Civil Veterinary Dept. Bombay admin report 1923-31 - 1923-1931
Year: 1923
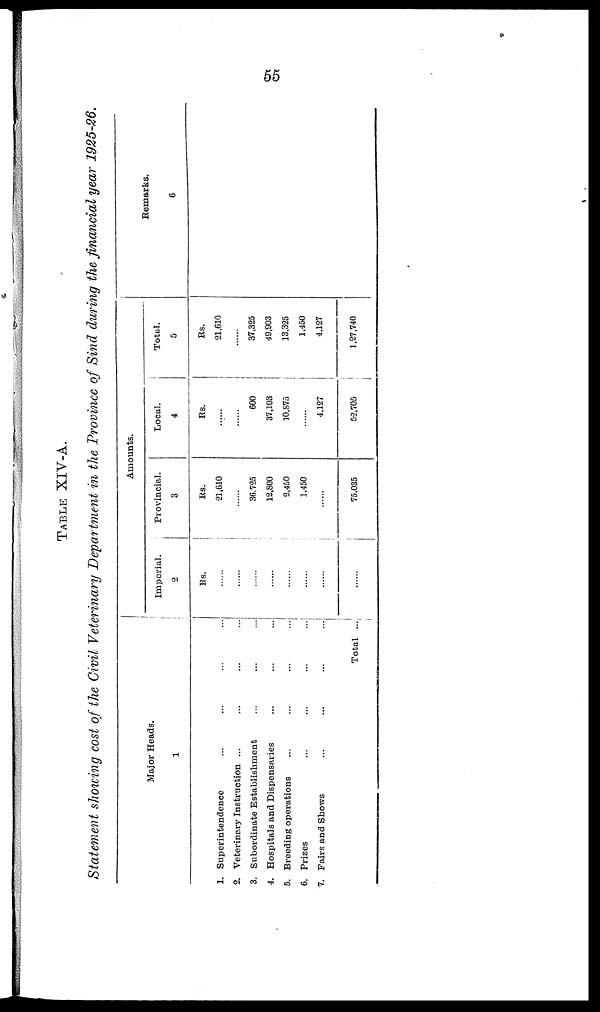
55
TABLE XIV-A.
Statement showing cost of the Civil Veterinary Department in the Province of Sind during the financial year 1925-26.
Major Heads.
1
1. Superintendence ... ... ... ...
2. Veterinary Instruction ... ... ... ...
3. Subordinate Establishment ... ... ...
4. Hospitals and Dispensaries ... ... ...
5. Breeding operations ... ... ... ...
6. Prizes ... ... ... ...
7. Fairs and Shows ... ... ... ...
Total ...
Amounts.
Imperial.
2
Rs.
......
......
......
......
......
......
......
Provincial.
3
Rs.
21,610
......
36.725
12,800
2,450
1,450
......
75,035
Local.
4
Rs.
......
......
600
37,103
10,875
4,127
52,705
Total.
5
Rs.
21,610
......
37,325
49,903
13,325
1,450
4,127
1,27,740
Remarks.
6